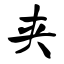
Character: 夹